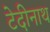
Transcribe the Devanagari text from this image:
टेदीनाथ